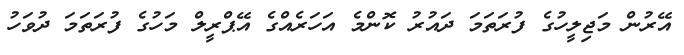
އޭރުން މަޖިލީހުގެ ފުރަތަމަ ދައުރު ކޮންމެ އަހަރެއްގެ އޭޕްރީލް މަހުގެ ފުރަތަމަ ދުވަހު